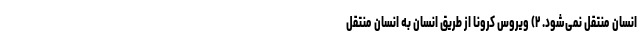
انسان منتقل نمی‌شود. ۲) ویروس کرونا از طریق انسان به انسان منتقل